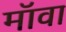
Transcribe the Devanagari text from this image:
मॉवा